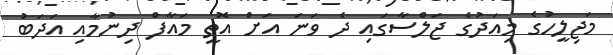
މަޖިލީހުގެ މިއަދުގެ ޖަލްސާގައި ދެ ވަނަ އަށް އޮތީ މައާފް ދިނުމާއި އަދަބު